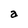
Character: a